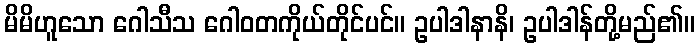
မိမိဟူသော ဂေါသီသ ဂေါဝတကိုယ်တိုင်ပင်။ ဥပါဒါနာနိ၊ ဥပါဒါန်တို့မည်၏။